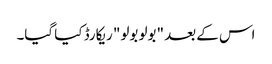
اس کے بعد "بولو بولو" ریکارڈ کیا گیا۔